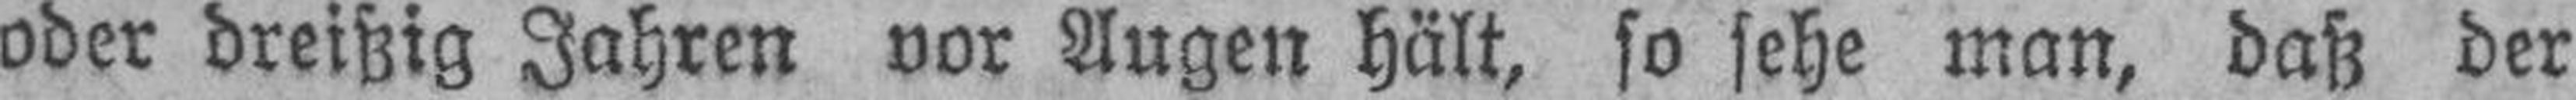
oder dreißig Jahren vor Augen hält, so sehe man, daß der